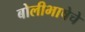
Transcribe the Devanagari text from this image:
बोलीभाषेचे